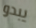
يبدو